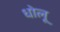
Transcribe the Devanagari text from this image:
धोलू